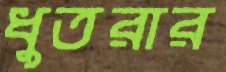
ধুতরার